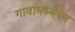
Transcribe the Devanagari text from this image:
गावांमध्येपण